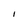
Character: l